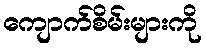
ကျောက်စိမ်းများကို